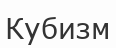
Кубизм